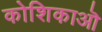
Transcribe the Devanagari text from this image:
कोशिकाऒ